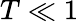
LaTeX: T\ll 1